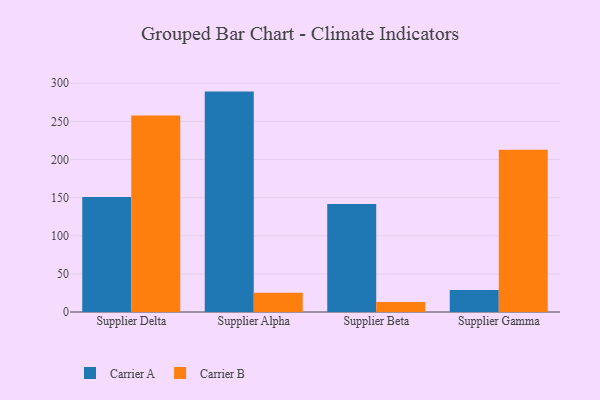
{"axis": {"x": "Supplier", "y": "Shipments"}, "legend": ["Carrier A", "Carrier B"], "data": [{"x": "Supplier Delta", "y": 151.0, "type": "Carrier A"}, {"x": "Supplier Delta", "y": 257.9, "type": "Carrier B"}, {"x": "Supplier Alpha", "y": 289.1, "type": "Carrier A"}, {"x": "Supplier Alpha", "y": 25.3, "type": "Carrier B"}, {"x": "Supplier Beta", "y": 141.7, "type": "Carrier A"}, {"x": "Supplier Beta", "y": 13.1, "type": "Carrier B"}, {"x": "Supplier Gamma", "y": 28.7, "type": "Carrier A"}, {"x": "Supplier Gamma", "y": 212.9, "type": "Carrier B"}]}